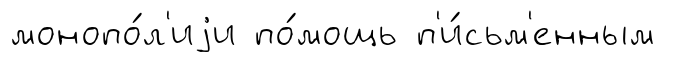
монопо́л'иjи по́мощь п'и́сьм'енным